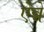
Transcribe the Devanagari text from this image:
ऐन्ने